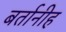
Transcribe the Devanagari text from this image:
बर्तानीह